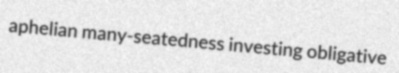
aphelian many-seatedness investing obligative